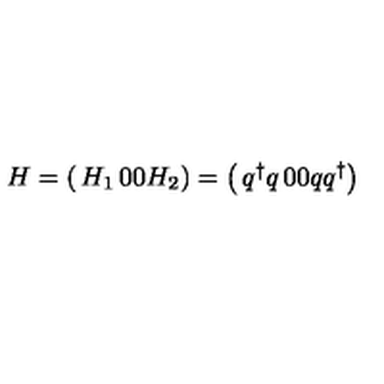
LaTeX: H = \left( \begin{matrix} { H _ { 1 } } & { 0 } \\ { 0 } & { H _ { 2 } } \\ \end{matrix} \right) = \left( \begin{matrix} { q ^ { \dagger } q } & { 0 } \\ { 0 } & { q q ^ { \dagger } } \\ \end{matrix} \right)